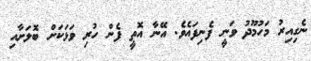
ނެގިއިރު މަހުމޫދު ވަނީ ފެނިފައެވެ. އޭނާ އޮތީ ފެން ހުރި ވަޅަކަށް ބޮލަށާއި